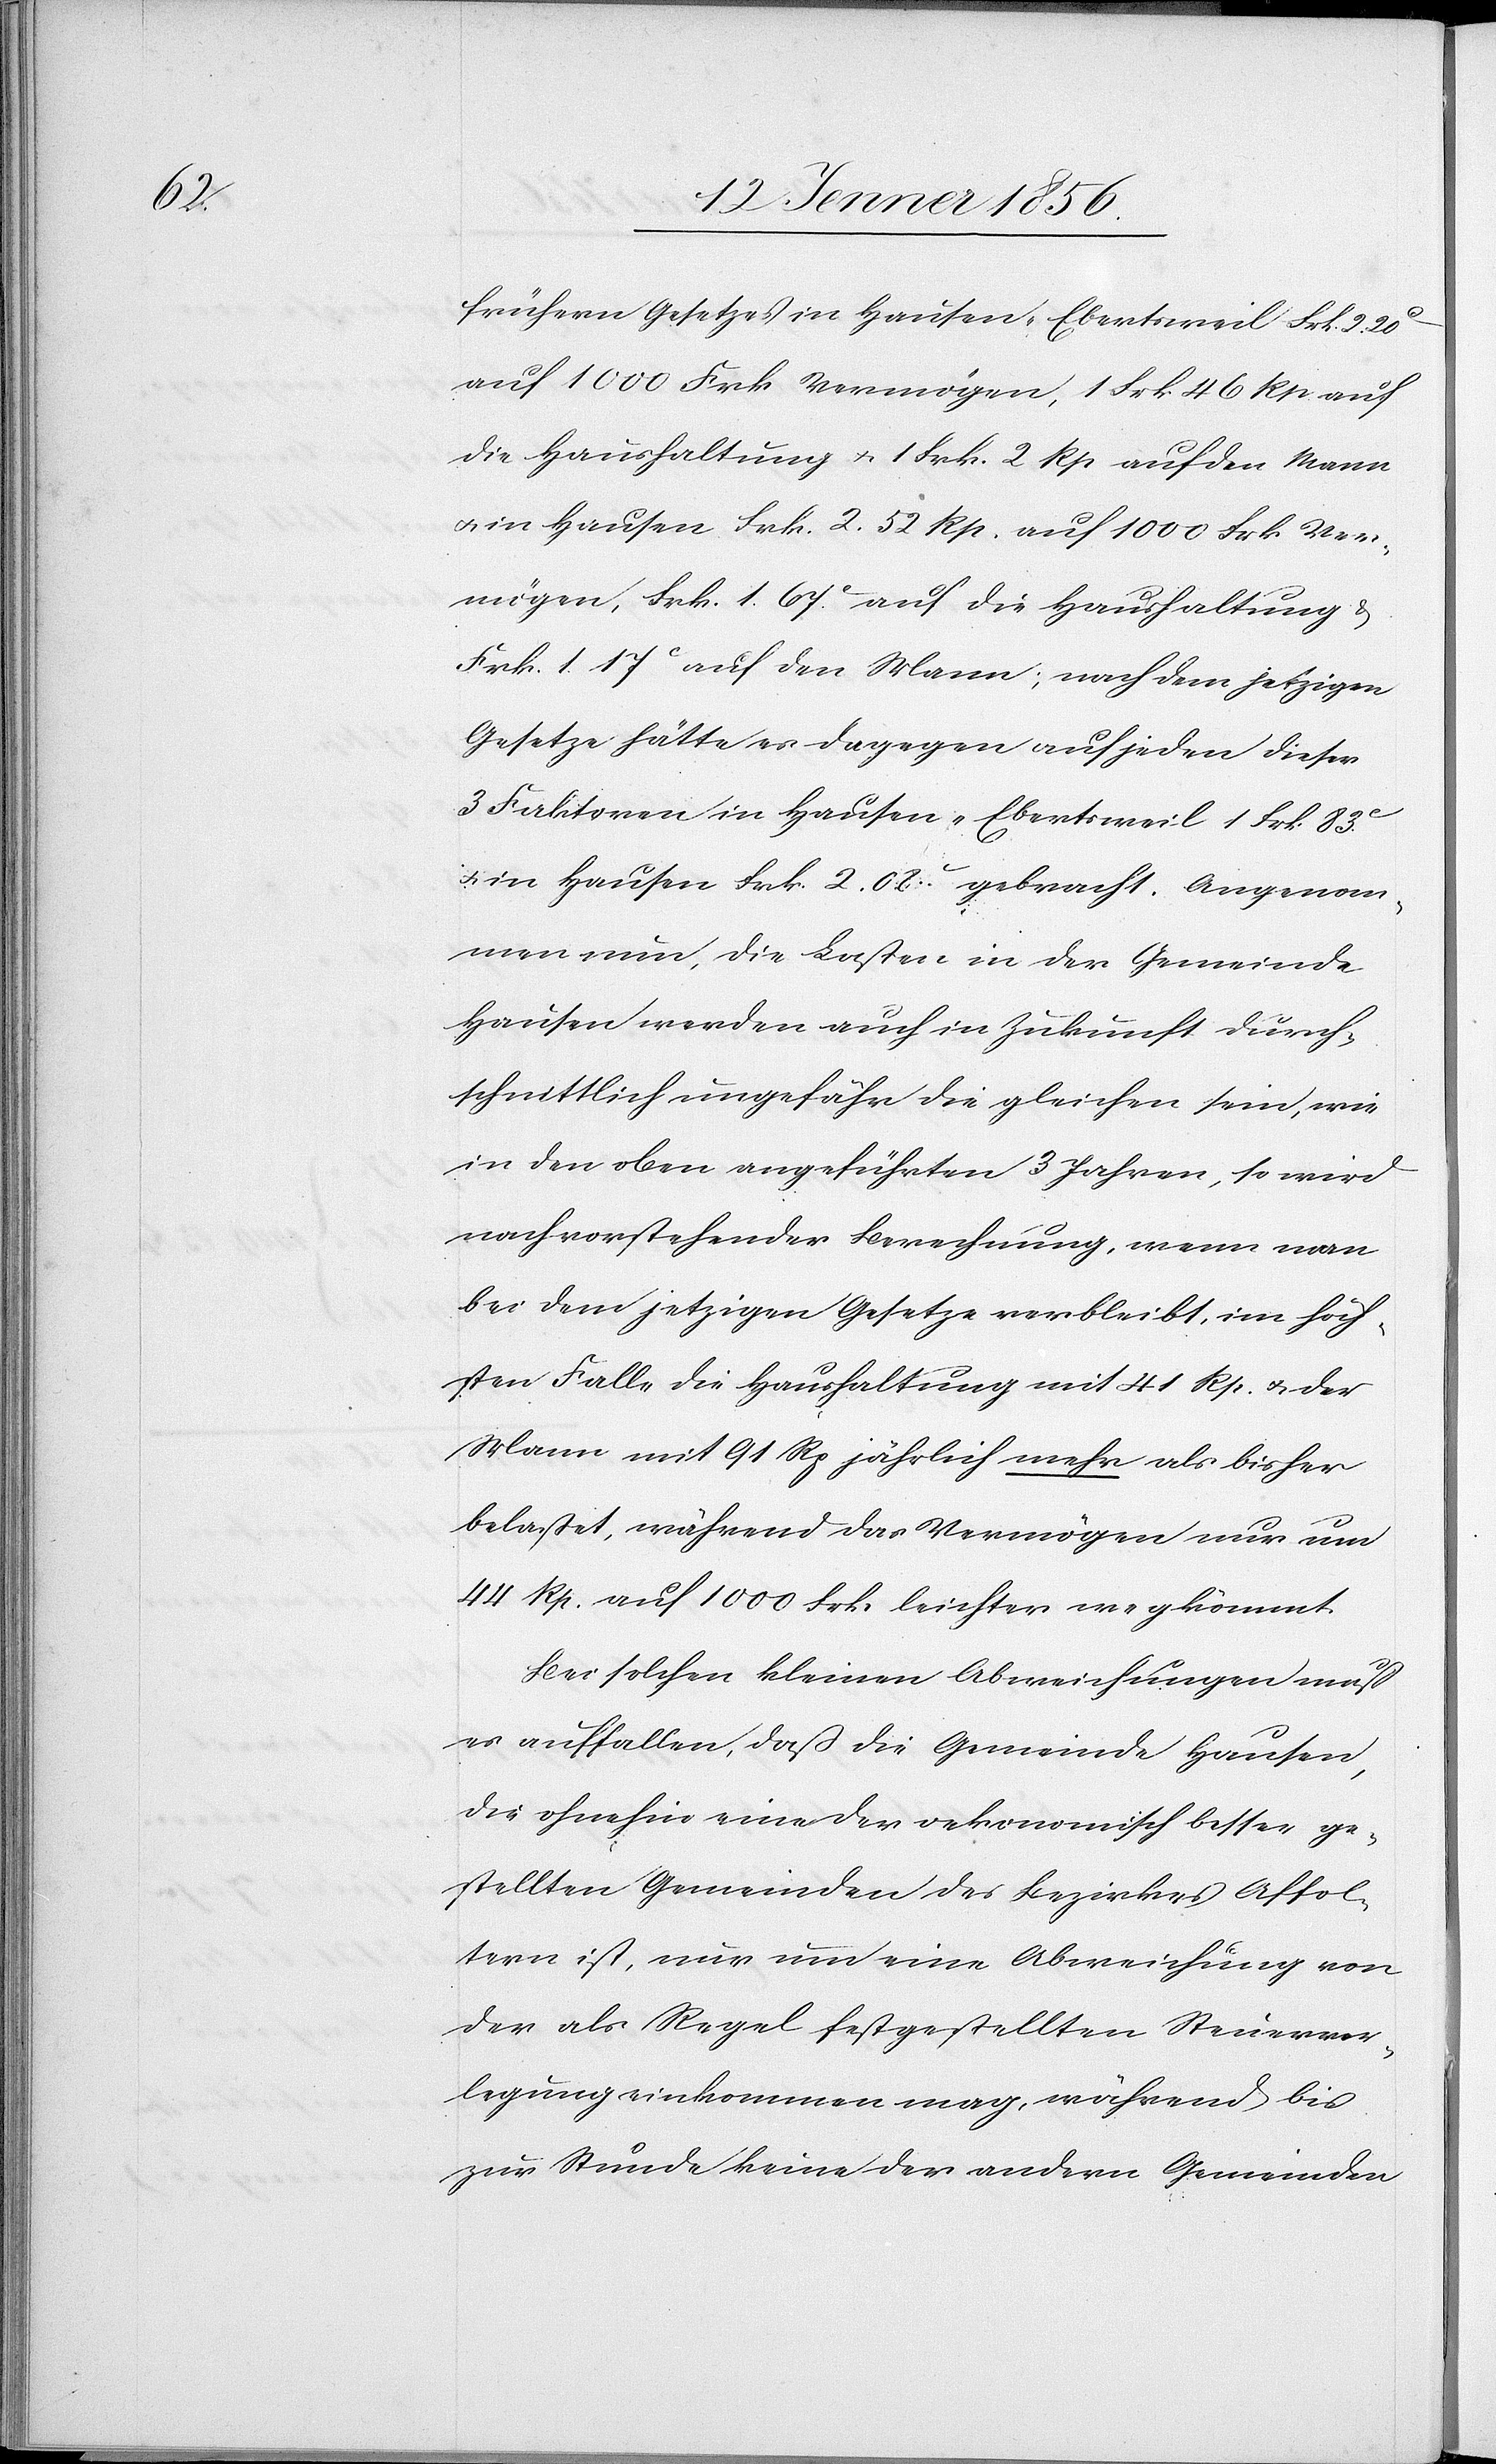
frühern Gesetzes in Hausen-Ebertsweil Frk. 2
auf 1000 Frk Vermögen, 1 Frk 46 Rp auf
die Haushaltung u. 1 Frk. 2 Rp auf den Mann
u. in Hausen Frk 2. 52 Rp. auf 1000 Frk Ver¬
mögen, Frk. 1. 67Rp. auf die Haushaltung u.
Frk. 1. 17Rp auf den Mann; nach dem jetzigen
Gesetze hätte es dagegen auf jeden dieser
3 Faktoren in Hausen-Ebertsweil 1 Frk. 83Rp.
u. in Hausen Frk 2. 08Rp. gebracht. Angenom¬
men nun, die Lasten in der Gemeinde
Hausen werden auch in Zukunft durch¬
schnittlich ungefähr die gleichen sein, wie
in den oben angeführten 3 Jahren, so wird
nach vorstehender Berechnung, wenn man
bei dem jetzigen Gesetze verbleibt, im höch¬
sten Falle die Haushaltung mit 41 Rp. u. der
Mann mit 91 Rp. jährlich mehr als bisher
belastet, während das Vermögen nur um
44 Rp. auf 1000 Frk. leichter wegkömmt.
Bei solchen kleinen Abweichungen muß
es auffallen, daß die Gemeinde Hausen,
die ohnehin eine der oekonomisch besser ge¬
stellten Gemeinden des Bezirkes Affol¬
tern ist, nur um eine Abweichung von
der als Regel festgestellten Steuervor¬
legung einkommen mag, während bis
zur Stunde keine der andern Gemeinden